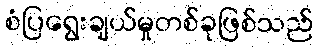
စံပြရွေးချယ်မှုတစ်ခုဖြစ်သည်